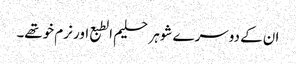
ان کے دوسرے شوہر حلیم الطبع اور نرم خوتھے۔